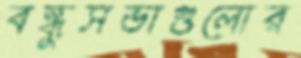
বন্ধুসভাগুলোর